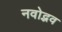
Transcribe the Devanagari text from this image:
नवोद्भव